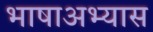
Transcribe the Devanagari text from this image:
भाषाअभ्यास